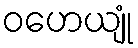
ဝဟေယျုံ